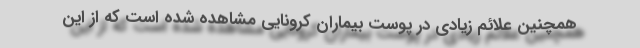
همچنین علائم زیادی در پوست بیماران کرونایی مشاهده شده است که از این